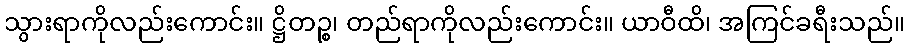
သွားရာကိုလည်းကောင်း။ ဋ္ဌိတဉ္စ၊ တည်ရာကိုလည်းကောင်း။ ယာဝီထိ၊ အကြင်ခရီးသည်။